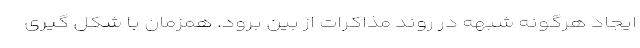
ایجاد هرگونه شبهه در روند مذاکرات از بین برود. همزمان با شکل گیری